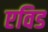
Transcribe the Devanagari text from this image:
एविड